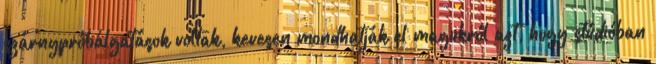
szárny­próbálgatások voltak, kevesen mondhatják el magukról azt, hogy stúdióban